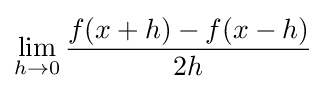
\lim \limits _{h\to 0}{\frac {f(x+h)-f(x-h)}{2h}}